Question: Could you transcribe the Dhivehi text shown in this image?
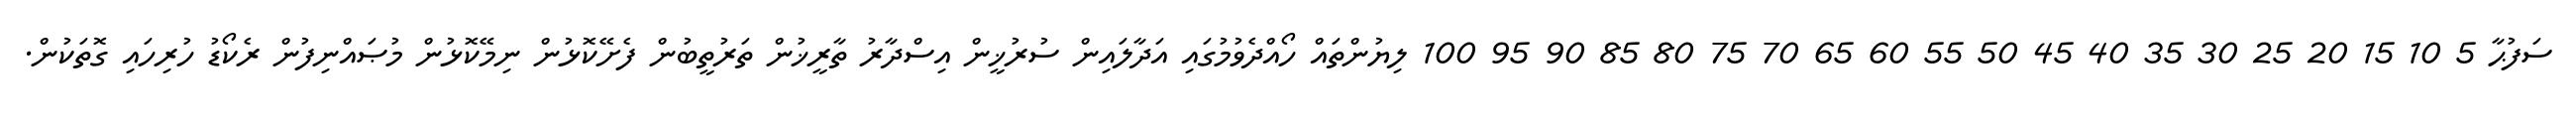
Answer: ސަފުޙާ 5 10 15 20 25 30 35 40 45 50 55 60 65 70 75 80 85 90 95 100 ލިޔުންތައް ހޯއްދެވުމުގައި އަދާލައިން ސުރުޚީން އިސްދާރު ތާރީޚުން ތަރުތީބުން ފެށޭކޮޅުން ނިމޭކޮޅުން މުޞައްނިފުން ރެކޯޑު ހުރިހައި ގޮތަކުން.